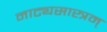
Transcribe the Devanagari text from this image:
नाट्यसास्त्रम्